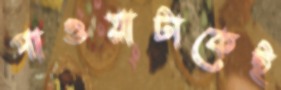
পাওয়াটাকেই